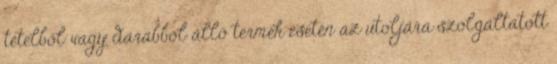
tételből vagy darabból álló termék esetén az utoljára szolgáltatott